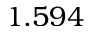
1 . 5 9 4